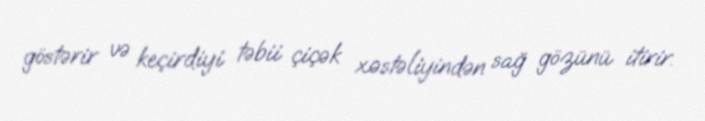
göstərir və keçirdiyi təbii çiçək xəstəliyindən sağ gözünü itirir.